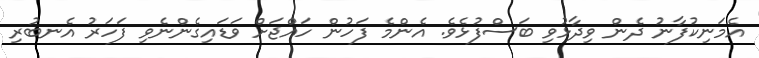
އެމަނިކުފާނު ދެން ވިދާޅުވި ބަސްފުޅެވެ. އެންމެ ފަހުން ހައްޖަށް ވަޑައިގެންނެވި ފަހަރު އެނބުރި